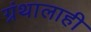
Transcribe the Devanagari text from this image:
ग्रंथालाही